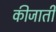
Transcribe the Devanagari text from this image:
कीजाती